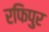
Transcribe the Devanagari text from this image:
रफिपुर